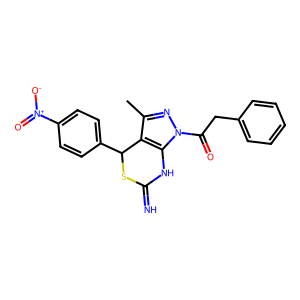
SMILES: Cc1nn(C(=O)Cc2ccccc2)c2c1C(c1ccc([N+](=O)[O-])cc1)SC(=N)N2
Inhibits HIV replication: Yes